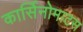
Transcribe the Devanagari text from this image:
कार्सिनोमाटस